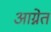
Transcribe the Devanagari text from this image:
आग्नेत